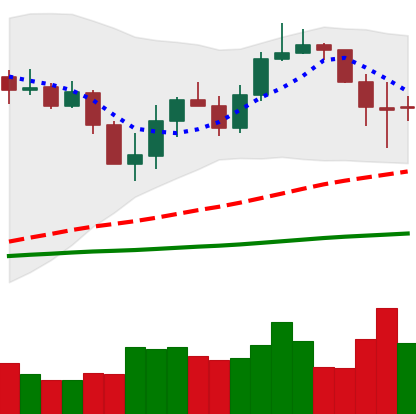
Ticker: LINK-USD
Chart end date: 2020-03-10
Forward return: -48.366%
Label: down_7plus